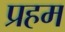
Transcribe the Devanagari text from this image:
प्रहम